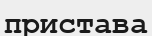
пристава